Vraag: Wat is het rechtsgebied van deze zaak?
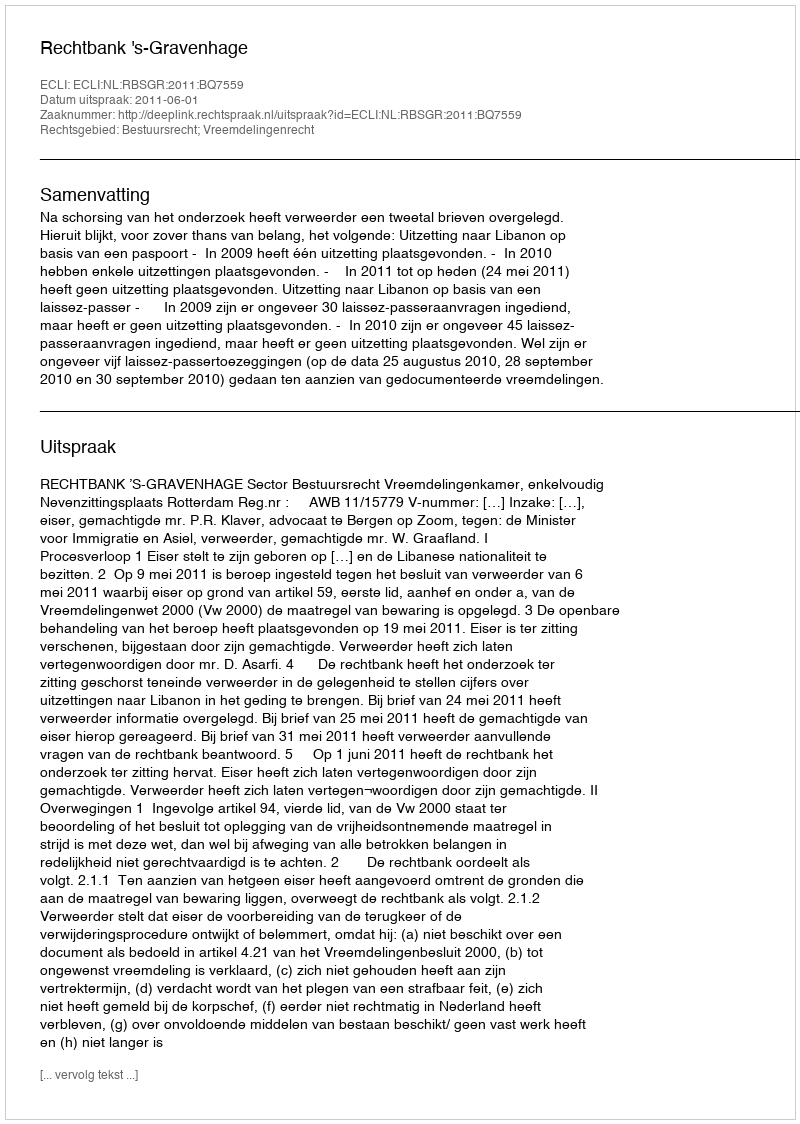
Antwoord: Bestuursrecht; Vreemdelingenrecht